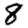
Digit: 8